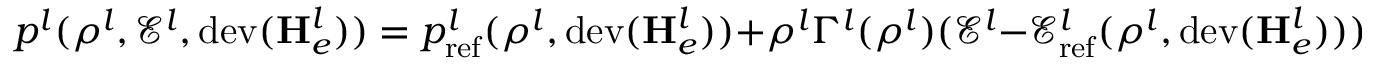
p ^ { l } ( \rho ^ { l } , \mathscr { E } ^ { l } , \mathrm { d e v } ( \mathbf { H } _ { e } ^ { l } ) ) = p _ { \mathrm { r e f } } ^ { l } ( \rho ^ { l } , \mathrm { d e v } ( \mathbf { H } _ { e } ^ { l } ) ) + \rho ^ { l } \Gamma ^ { l } ( \rho ^ { l } ) ( \mathscr { E } ^ { l } - \mathscr { E } _ { \mathrm { r e f } } ^ { l } ( \rho ^ { l } , \mathrm { d e v } ( \mathbf { H } _ { e } ^ { l } ) ) )